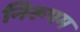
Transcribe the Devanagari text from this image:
निरूपम